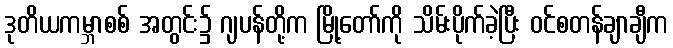
ဒုတိယကမ္ဘာစစ် အတွင်း၌ ဂျပန်တို့က မြို့တော်ကို သိမ်းပိုက်ခဲ့ပြီး ဝင်စတန်ချာချီက